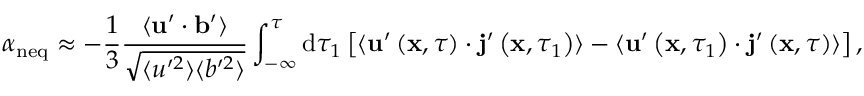
\alpha _ { \mathrm { n e q } } \approx - \frac { 1 } { 3 } \frac { \langle \mathbf { u } ^ { \prime } \cdot \mathbf { b } ^ { \prime } \rangle } { \sqrt { \langle u ^ { \prime 2 } \rangle \langle b ^ { \prime 2 } \rangle } } \int _ { - \infty } ^ { \tau } \mathrm { d } \tau _ { 1 } \left[ \langle \mathbf { u } ^ { \prime } \left( \mathbf { x } , \tau \right) \cdot \mathbf { j } ^ { \prime } \left( \mathbf { x } , \tau _ { 1 } \right) \rangle - \langle \mathbf { u } ^ { \prime } \left( \mathbf { x } , \tau _ { 1 } \right) \cdot \mathbf { j } ^ { \prime } \left( \mathbf { x } , \tau \right) \rangle \right] ,